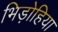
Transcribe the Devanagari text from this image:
भिड़ोहिया